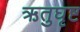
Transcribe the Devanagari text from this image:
ऋतुघृष्ट